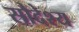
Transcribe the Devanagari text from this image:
सौदेश्य